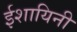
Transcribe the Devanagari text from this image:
ईशायिनी